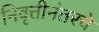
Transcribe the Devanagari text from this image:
निवृत्तीनंतरचे